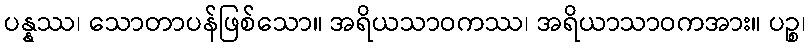
ပန္နဿ၊ သောတာပန်ဖြစ်သော။ အရိယသာဝကဿ၊ အရိယာသာဝကအား။ ပဉ္စ၊